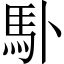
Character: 𩡭